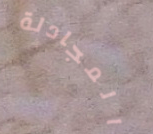
المجادلة